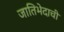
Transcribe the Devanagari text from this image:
जातिभेदाची